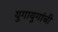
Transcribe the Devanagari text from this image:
युगायुगांची